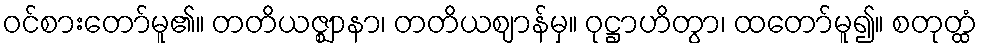
ဝင်စားတော်မူ၏။ တတိယဇ္ဈာနာ၊ တတိယဈာန်မှ။ ဝုဋ္ဌာဟိတွာ၊ ထတော်မူ၍။ စတုတ္ထံ